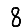
Digit: 8